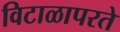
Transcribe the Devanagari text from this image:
विटाळापरते